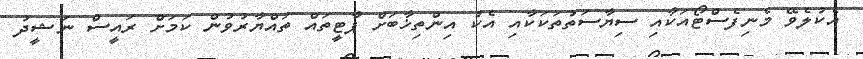
އެކުލެވޭ މެނިފެސްޓޯއަކާއި ސިޔާސަތުތަކަކާއި އެކު އިންތިޚާބަށް ޕާޓީތައް ތައްޔާރުވުން ކަމަށް ރައީސް ނަޝީދު